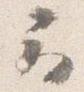
云